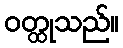
ဝတ္ထုသည်။